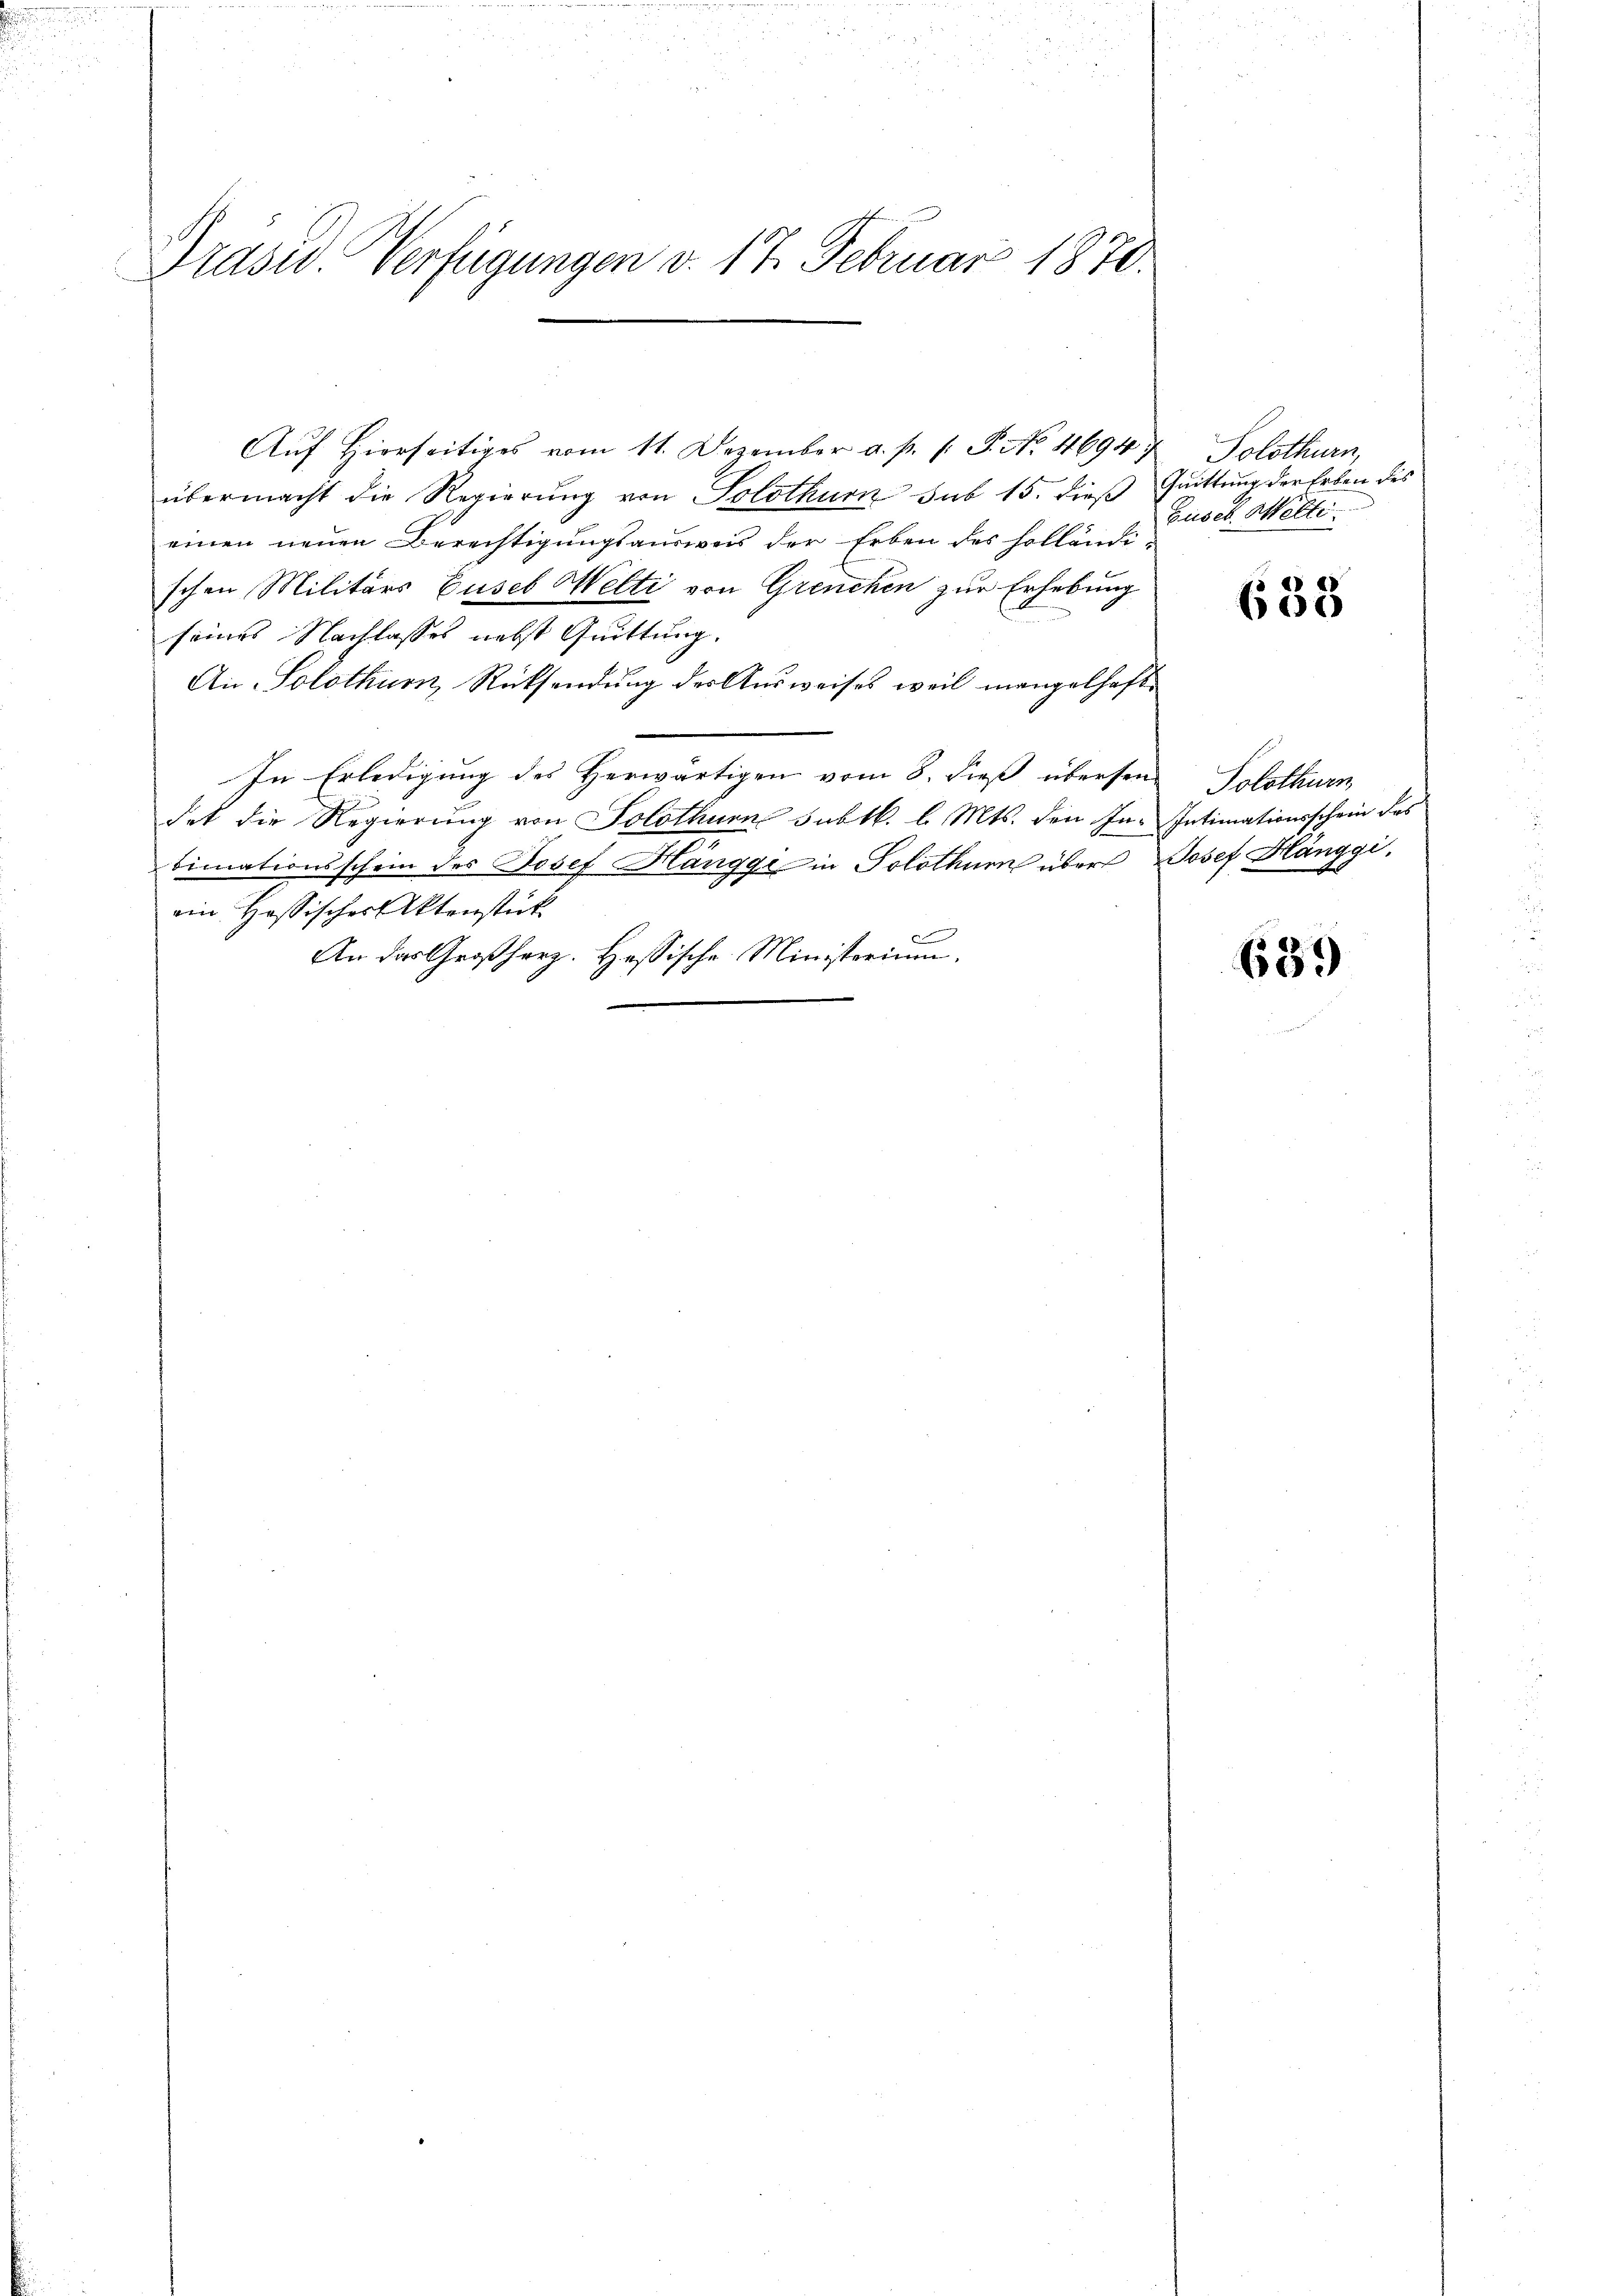
d

n

Trasw. Verfügungen d. 17. Februar 1870.

Aŭf Hierseitiges vom 11. Dezember a. p. 1. P. Nr. 4694. Solothurn
übermacht die Regierung von Solothurn sub 15. dieß Guittung der Erben des
einen neuen Berechtigungsausweis der Erben des Holländi-
schen Militärs Guseb Welti von Grenchen zur Erhebung
seines Nachlasses nebst Quittung.
An Solothurn, Rücksendung der Ausweises weil mangelhaft
In Erledigung des Herwärtigen vom 8. dieß übersen
det die Regierung von Solothurn subt. l. Mts. den Inbinationsschein des Josef Hangge in Solothurn über
ein Hössischer Aktenstück
E
An das Großherz. Hessische Ministerium,

Jusel. Welti.

633

Solothurn
Intimationsschein des
Josef Hänggi.

659